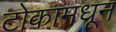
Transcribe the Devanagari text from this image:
टोकामधून